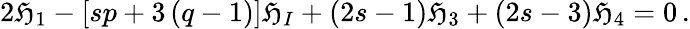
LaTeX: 2\mathfrak{H}_{1}-\left[sp+3\left(q-1\right)\right]\mathfrak{H}_{I}+\left(2s-1\right)\mathfrak{H}_{3}+\left(2s-3\right)\mathfrak{H}_{4}=0\, .